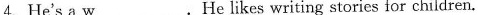
4. He's a w___. He likes writing stories for children.